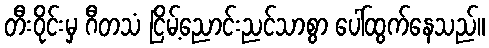
တီးဝိုင်းမှ ဂီတသံ ငြိမ့်ညောင်းညင်သာစွာ ပေါ်ထွက်နေသည်။